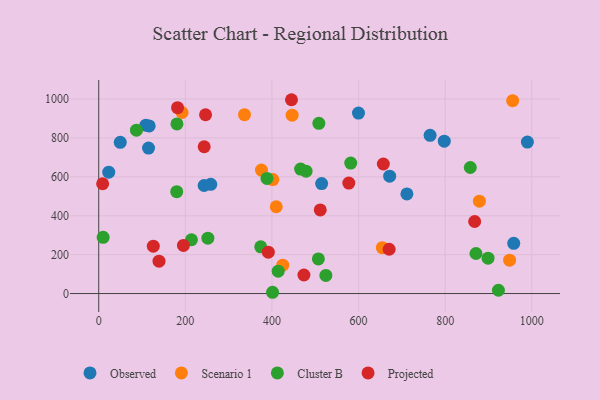
{"axis": {"x": "Experience", "y": "Exam Score"}, "legend": ["Cluster B", "Observed", "Projected", "Scenario 1"], "data": [{"x": "23.1", "y": 624.0, "type": "Observed"}, {"x": "49.7", "y": 777.4, "type": "Observed"}, {"x": "243.3", "y": 555.6, "type": "Observed"}, {"x": "671.8", "y": 603.7, "type": "Observed"}, {"x": "711.6", "y": 512.1, "type": "Observed"}, {"x": "108.9", "y": 865.9, "type": "Observed"}, {"x": "599.8", "y": 927.8, "type": "Observed"}, {"x": "958.3", "y": 258.1, "type": "Observed"}, {"x": "797.9", "y": 783.5, "type": "Observed"}, {"x": "258.7", "y": 561.6, "type": "Observed"}, {"x": "514.7", "y": 565.6, "type": "Observed"}, {"x": "765.2", "y": 813.5, "type": "Observed"}, {"x": "116.5", "y": 861.9, "type": "Observed"}, {"x": "989.8", "y": 778.8, "type": "Observed"}, {"x": "115.0", "y": 748.2, "type": "Observed"}, {"x": "409.9", "y": 446.4, "type": "Scenario 1"}, {"x": "955.8", "y": 991.6, "type": "Scenario 1"}, {"x": "879.0", "y": 474.7, "type": "Scenario 1"}, {"x": "375.7", "y": 634.7, "type": "Scenario 1"}, {"x": "948.7", "y": 171.4, "type": "Scenario 1"}, {"x": "402.0", "y": 586.0, "type": "Scenario 1"}, {"x": "336.6", "y": 919.9, "type": "Scenario 1"}, {"x": "446.6", "y": 917.0, "type": "Scenario 1"}, {"x": "654.8", "y": 236.0, "type": "Scenario 1"}, {"x": "192.5", "y": 931.0, "type": "Scenario 1"}, {"x": "424.9", "y": 145.6, "type": "Scenario 1"}, {"x": "478.8", "y": 629.1, "type": "Cluster B"}, {"x": "923.0", "y": 17.0, "type": "Cluster B"}, {"x": "466.2", "y": 639.9, "type": "Cluster B"}, {"x": "507.2", "y": 177.9, "type": "Cluster B"}, {"x": "180.6", "y": 872.1, "type": "Cluster B"}, {"x": "87.1", "y": 839.9, "type": "Cluster B"}, {"x": "871.1", "y": 206.0, "type": "Cluster B"}, {"x": "214.1", "y": 276.6, "type": "Cluster B"}, {"x": "508.3", "y": 875.0, "type": "Cluster B"}, {"x": "414.4", "y": 115.1, "type": "Cluster B"}, {"x": "252.0", "y": 284.7, "type": "Cluster B"}, {"x": "524.5", "y": 93.2, "type": "Cluster B"}, {"x": "10.2", "y": 288.9, "type": "Cluster B"}, {"x": "374.1", "y": 240.2, "type": "Cluster B"}, {"x": "858.0", "y": 648.0, "type": "Cluster B"}, {"x": "401.4", "y": 6.5, "type": "Cluster B"}, {"x": "180.1", "y": 523.9, "type": "Cluster B"}, {"x": "581.9", "y": 670.7, "type": "Cluster B"}, {"x": "899.0", "y": 181.7, "type": "Cluster B"}, {"x": "388.5", "y": 591.7, "type": "Cluster B"}, {"x": "670.6", "y": 227.7, "type": "Projected"}, {"x": "195.6", "y": 247.4, "type": "Projected"}, {"x": "243.5", "y": 754.9, "type": "Projected"}, {"x": "391.6", "y": 212.8, "type": "Projected"}, {"x": "657.2", "y": 666.0, "type": "Projected"}, {"x": "139.2", "y": 166.4, "type": "Projected"}, {"x": "577.5", "y": 568.0, "type": "Projected"}, {"x": "511.5", "y": 429.7, "type": "Projected"}, {"x": "126.0", "y": 243.8, "type": "Projected"}, {"x": "182.0", "y": 955.8, "type": "Projected"}, {"x": "445.1", "y": 996.6, "type": "Projected"}, {"x": "9.0", "y": 564.6, "type": "Projected"}, {"x": "246.7", "y": 919.4, "type": "Projected"}, {"x": "473.8", "y": 95.4, "type": "Projected"}, {"x": "868.1", "y": 370.3, "type": "Projected"}]}